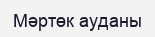
Мәртөк ауданы